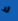
لا